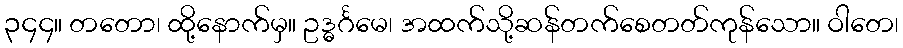
၃၄၄။ တတော၊ ထို့နောက်မှ။ ဥဒ္ဓင်္ဂမေ၊ အထက်သို့ဆန်တက်စေတတ်ကုန်သော။ ဝါတေ၊